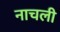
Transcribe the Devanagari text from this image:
नाचली